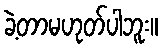
ခဲ့တာမဟုတ်ပါဘူး။